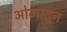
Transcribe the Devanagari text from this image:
ओव्यातून